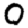
Digit: 0